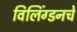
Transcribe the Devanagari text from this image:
विलिंग्डनचे